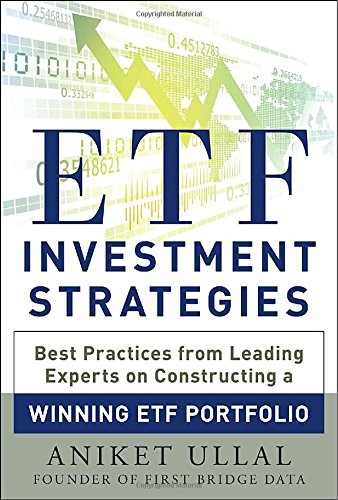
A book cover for ETF Investment Strategies: Best Practices from Leading Experts on Constructing a Winning ETF Portfolio; Aniket Ullal; Business & Money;